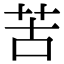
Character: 苦